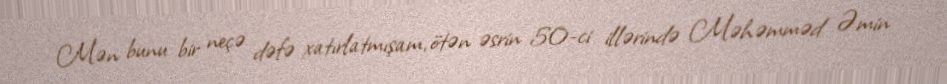
Mən bunu bir neçə dəfə xatırlatmışam, ötən əsrin 50-ci illərində Məhəmməd Əmin